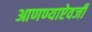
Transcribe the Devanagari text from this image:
आणण्याऐवजी